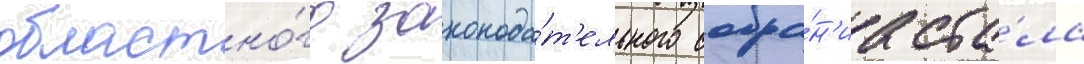
областно́го законода́т'ельного собра́н'иа ста́ла